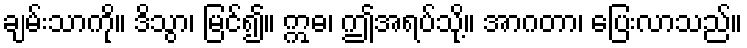
ချမ်းသာကို။ ဒိသွာ၊ မြင်၍။ ဣဓ၊ ဤအရပ်သို့။ အာဂတာ၊ ပြေးလာသည်။